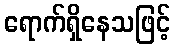
ရောက်ရှိနေသဖြင့်